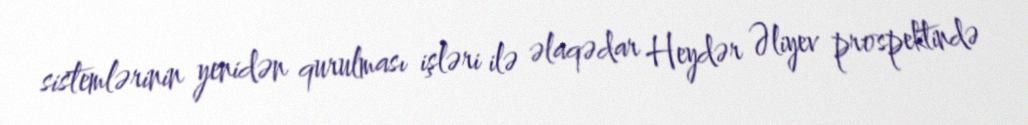
sistemlərinin yenidən qurulması işləri ilə əlaqədar Heydər Əliyev prospektində